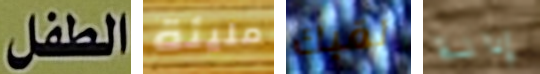
الطفل مليئة لقبك إدانة